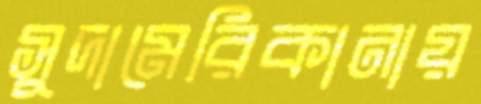
সুদামেরিকানায়